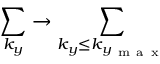
\sum _ { k _ { y } } \rightarrow \sum _ { k _ { y } \le k _ { y _ { \mathrm { ~ m ~ a ~ x ~ } } } }